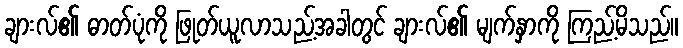
ချားလ်၏ ဓာတ်ပုံကို ဖြုတ်ယူလာသည့်အခါတွင် ချားလ်၏ မျက်နှာကို ကြည့်မိသည်။